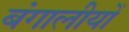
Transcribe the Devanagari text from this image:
बंगालीयों